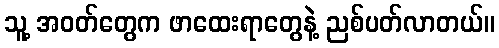
သူ့ အဝတ်တွေက ဖာထေးရာတွေနဲ့ ညစ်ပတ်လာတယ်။